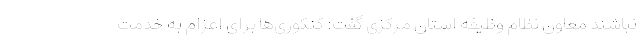
نباشند معاون نظام وظیفه استان مرکزی گفت: کنکوری‌ها برای اعزام به خدمت